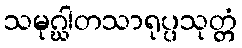
သမုဂ္ဃါတသာရုပ္ပသုတ္တံ